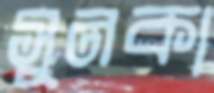
সুনকা